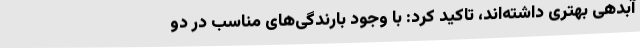
آبدهی بهتری داشته‌اند، تاکید کرد: با وجود بارندگی‌های مناسب در دو